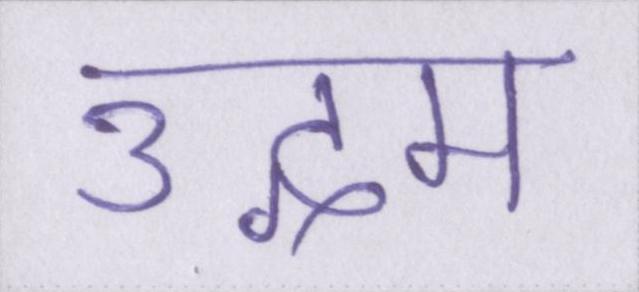
उद्गम